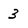
Character: 3